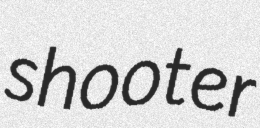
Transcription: shooter